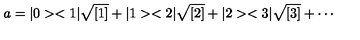
a = | 0 > < 1 | \sqrt { [ 1 ] } + | 1 > < 2 | \sqrt { [ 2 ] } + | 2 > < 3 | \sqrt { [ 3 ] } + \cdots